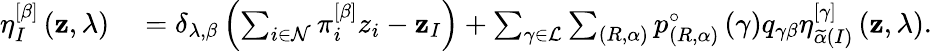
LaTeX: \begin{array}{rl}{\eta_{I}^{\left[\beta\right]}\left(\mathbf{z},\lambda\right)}&{{}=\delta_{\lambda,\beta}\left(\sum_{i\in\mathcal{N}}\pi_{i}^{\left[\beta\right]}z_{i}-\mathbf{z}_{I}\right)+\sum_{\gamma\in\mathcal{L}}\sum_{\left(R,\alpha\right)}p_{\left(R,\alpha\right)}^{\circ}\left(\gamma\right)q_{\gamma\beta}\eta_{\widetilde{\alpha}\left(I\right)}^{\left[\gamma\right]}\left(\mathbf{z},\lambda\right).}\end{array}